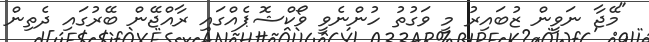
"މޭޖާ ނަވީން ޒުބައިރު މި ވަގުތު ހުންނެވީ ވޯކްޝޮޕެއްގައި ރާއްޖޭން ބޭރުގައި ދެތިން